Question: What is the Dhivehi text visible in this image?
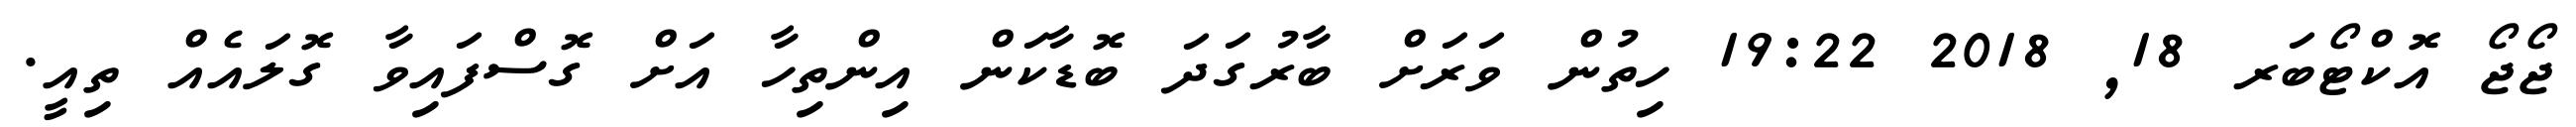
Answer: ޖޯޖޯ އޮކްޓޯބަރ 18, 2018 19:22 ހިތުން ވަރަށް ބާރުގަދަ ބޮޑާކަން އިންތިހާ އަށް ގޮސްފައިވާ ގޮލައެއް ތިއީ.